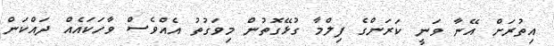
އިތުރަށް އޭނާ ވަނީ ކަރަންގެ ފިލްމާ ގުޅޭގޮތުން މިވަގުތު އެއްވެސް ވާހަކައެއް ދައްކަން